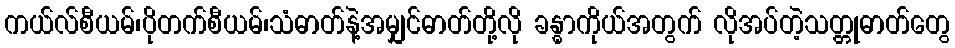
ကယ်လ်စီယမ်၊ပိုတက်စီယမ်၊သံဓာတ်နဲ့အမျှင်ဓာတ်တို့လို ခန္ဓာကိုယ်အတွက် လိုအပ်တဲ့သတ္တုဓာတ်တွေ